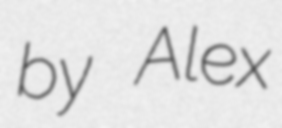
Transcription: by Alex